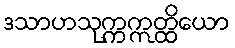
ဒသာဟသုက္ကဣတ္ထိယော